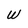
Character: W